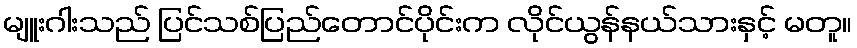
မျူးဂါးသည် ပြင်သစ်ပြည်တောင်ပိုင်းက လိုင်ယွန်နယ်သားနှင့် မတူ။